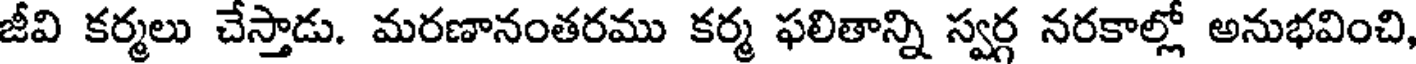
జీవి కర్మలు చేస్తాడు. మరణానంతరము కర్మ ఫలితాన్ని స్వర్గ నరకాల్లో అనుభవించి,